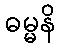
ဓမ္မနိ